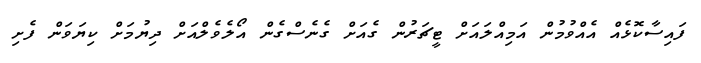
ފައިސާކޮޅެއް އެއްވުމުން އަމިއްލައަށް ޓީޗަރުން ގެއަށް ގެނެސްގެން އޯލެވެލްއަށް ދިޔުމަށް ކިޔަވަން ފެށި